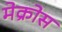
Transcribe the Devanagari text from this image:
मेक्रोस